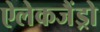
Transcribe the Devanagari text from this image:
ऐलेकजैंड्रो